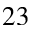
^ { 2 3 }